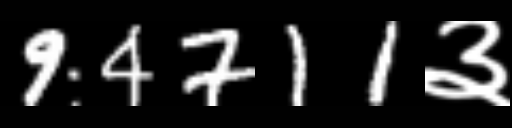
Text: 94711३